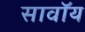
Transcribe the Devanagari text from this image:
सावॉय